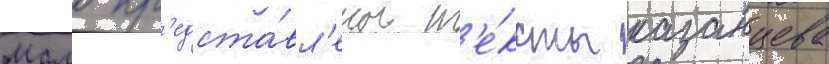
Мало пр'едста́вл'ены т'е́ксты казанцева